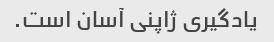
یادگیری ژاپنی آسان است.